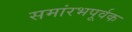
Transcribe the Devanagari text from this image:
समांरभपूर्वक